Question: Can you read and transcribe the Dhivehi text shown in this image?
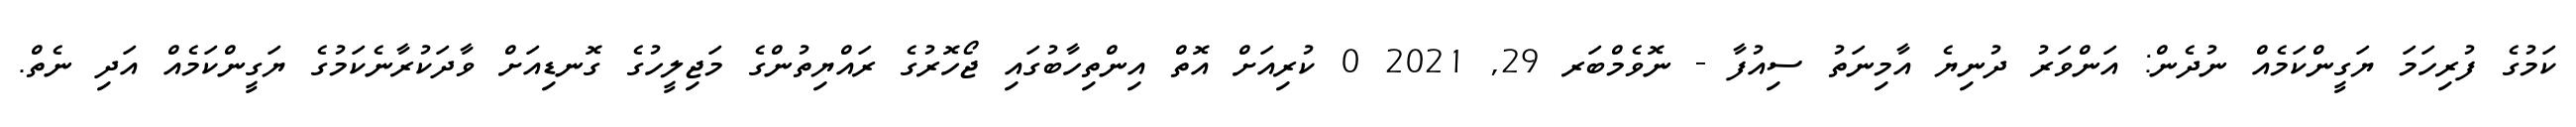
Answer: ކަމުގެ ފުރިހަމަ ޔަގީންކަމެއް ނުދެން: އަންވަރު ދުނިޔެ އާމިނަތު ސިއުފާ - ނޮވެމްބަރ 29, 2021 0 ކުރިއަށް އޮތް އިންތިހާބުގައި ޖޯހޮރުގެ ރައްޔިތުންގެ މަޖިލީހުގެ ގޮނޑިއަށް ވާދަކުރާނެކަމުގެ ޔަގީންކަމެއް އަދި ނެތް.